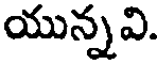
యున్నవి.